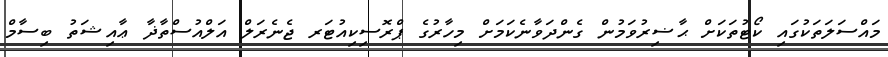
މައްސަލަތަކުގައި ކޯޓުތަކަށް ޙާޟިރުވަމުން ގެންދަވާނެކަމަށް މިހާރުގެ ޕްރޮސިކިއުޓަރ ޖެނެރަލް އަލްއުސްތާޛާ ޢާއިޝަތު ބިސާމް